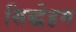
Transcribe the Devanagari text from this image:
सिद्धेहम